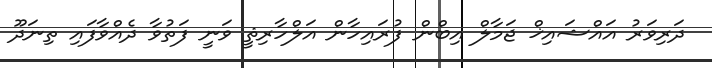
ދަރިވަރު އައްޝައިޚް ޖަމާލް އިބްން ފުރައިހާން އަލްހާރިޘީ ވަނީ ފަތުވާ ދެއްވާފައި ތިނަދޫ